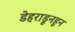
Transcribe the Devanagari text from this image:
डेहराडूनहून